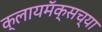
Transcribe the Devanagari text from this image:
क्लायमॅक्सच्या